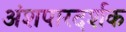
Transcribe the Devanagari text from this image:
अंशपारदर्शक